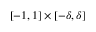
[ - 1 , 1 ] \times [ - \delta , \delta ]